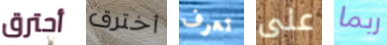
أحترق أخترق تعرف على ربما